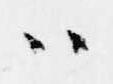
ハ